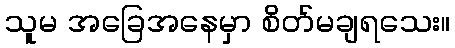
သူမ အခြေအနေမှာ စိတ်မချရသေး။